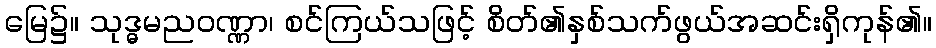
မြေ၌။ သုဒ္ဓမညဝဏ္ဏာ၊ စင်ကြယ်သဖြင့် စိတ်၏နှစ်သက်ဖွယ်အဆင်းရှိကုန်၏။